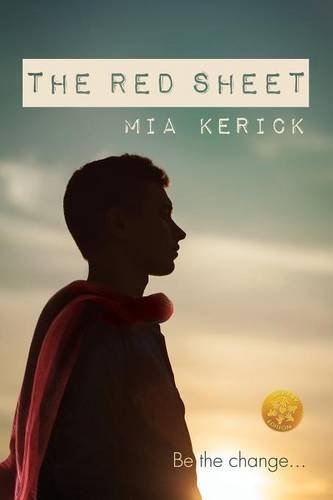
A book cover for The Red Sheet [Library Edition]; Mia Kerick; Teen & Young Adult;